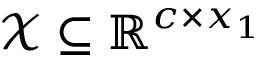
\mathcal { X } \subseteq \mathbb { R } ^ { c \times x _ { 1 } }